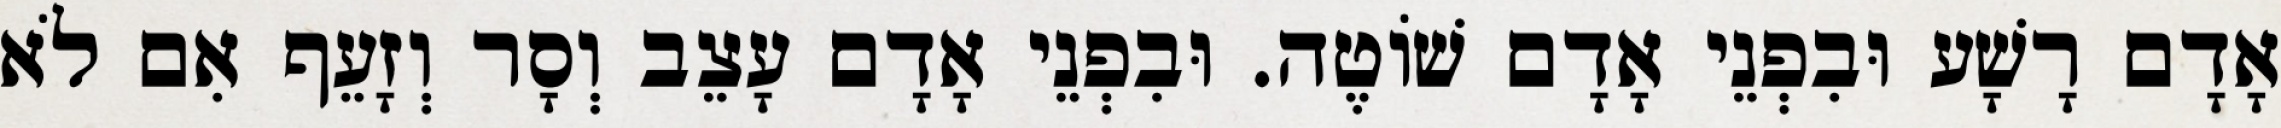
אָדָם רָשָׁע וּבִפְנֵי אָדָם שׁוֹטֶה. וּבִפְנֵי אָדָם עָצֵב וְסָר וְזָעֵף אִם לֹא